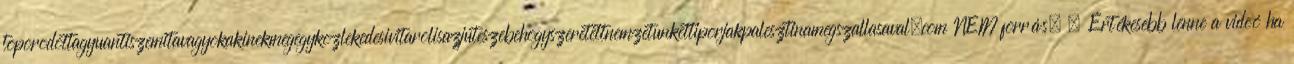
toporodottagyuantiszemitavagyokakinekmegegykozlekedesivitarolisazjuteszebehogyszeretettnemzetunkettiporjakpalesztinamegszallasaval.com NEM forrás. ; Értékesebb lenne a videó ha